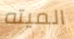
الميته